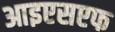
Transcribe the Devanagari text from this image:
आइएसएफ